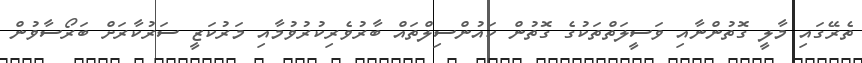
ތެރޭގައި މާލީ ގޮތުންނާއި ވަސީލަތްތަކުގެ ގޮތުން ކައުންސިލްތައް ބާރުވެރިކުރުވުމާއި މަރުކަޒީ ސަރުކާރަށް ބަރޯސާވުން